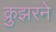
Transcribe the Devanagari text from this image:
क्रुझरने